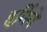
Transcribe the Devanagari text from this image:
हर्मिने